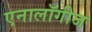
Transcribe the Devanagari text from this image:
एनालॉगीज